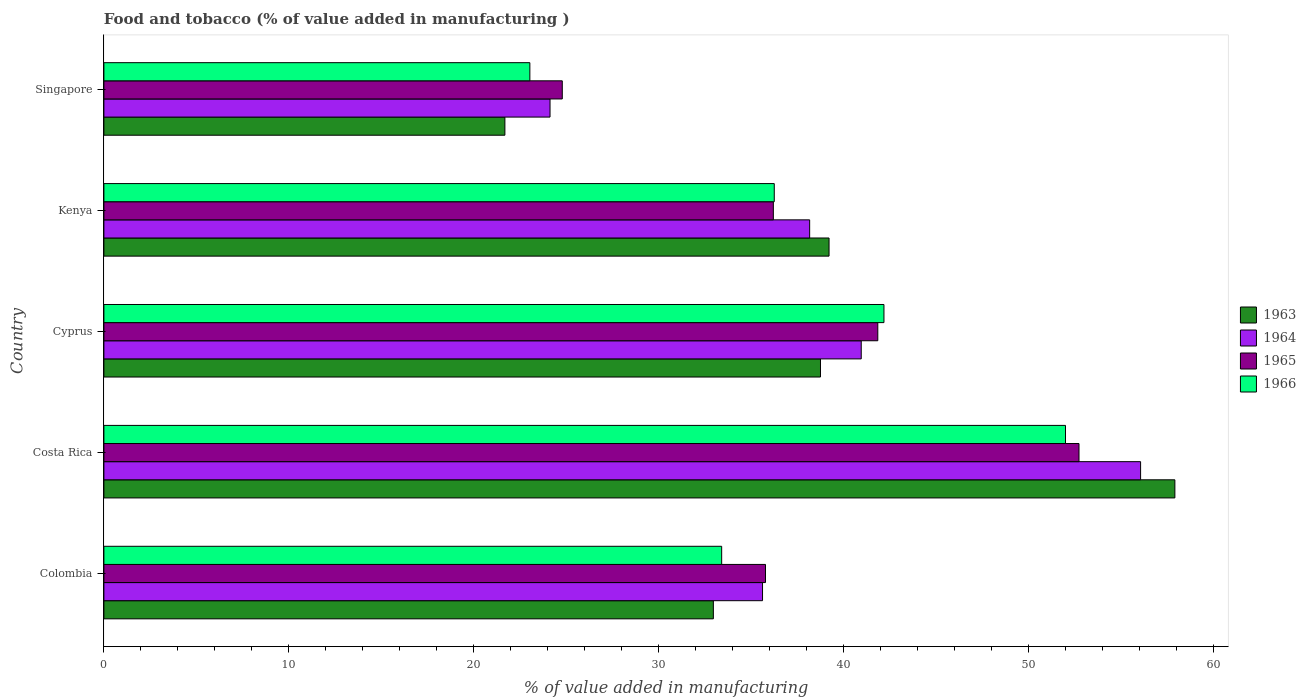
| Country | 1963 | 1964 | 1965 | 1966 |
 | --- | --- | --- | --- | --- |
 | Colombia | 33 | 35.6 | 35.8 | 33.4 |
 | Costa Rica | 57.9 | 56.1 | 52.7 | 52 |
 | Cyprus | 38.8 | 41 | 41.9 | 42.2 |
 | Kenya | 39.2 | 38.2 | 36.2 | 36.3 |
 | Singapore | 21.7 | 24.1 | 24.8 | 23 |